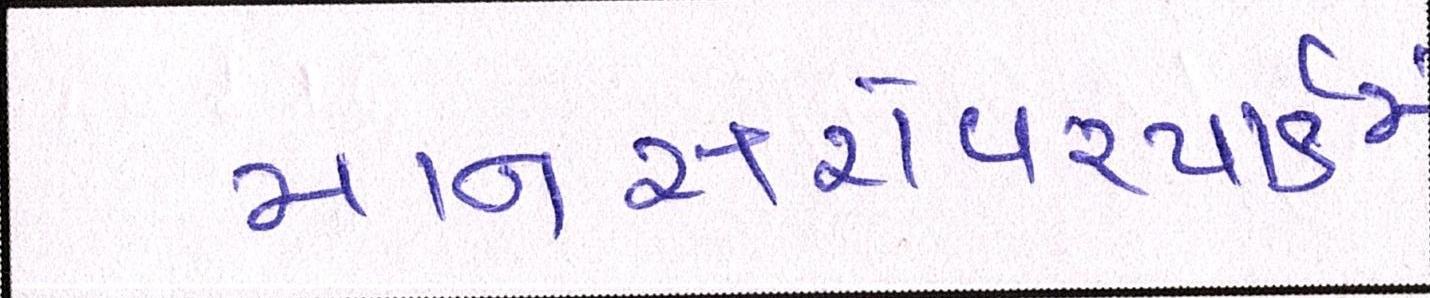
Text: માનસરોવરપાર્કમાં